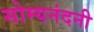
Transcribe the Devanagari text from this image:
सोम्यनंदनी